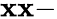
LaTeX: \mathbf{x}\mathbf{x}-